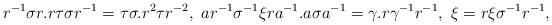
LaTeX: \begin{align*}r^{-1}\sigma{r}.r\tau\sigma{r^{-1}}=\tau\sigma.{r^2}\tau{r^{-2}},~ar^{-1}\sigma^{-1}\xi{ra^{-1}}.a\sigma{a^{-1}}=\gamma.r\gamma^{-1}r^{-1},~\xi={r}\xi\sigma^{-1}r^{-1},\end{align*}